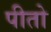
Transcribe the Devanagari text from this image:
पीतो